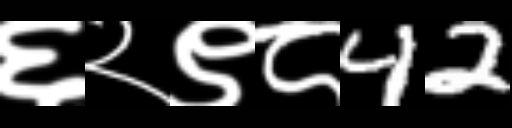
Text: ६२९८42